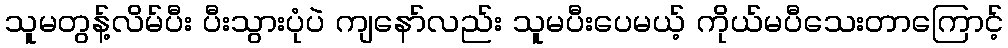
သူမတွန့်လိမ်ပီး ပီးသွားပုံပဲ ကျနော်လည်း သူမပီးပေမယ့် ကိုယ်မပီသေးတာကြောင့်